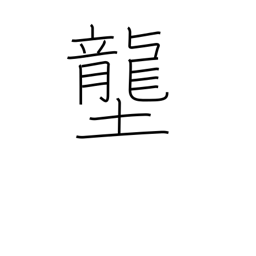
Meaning: rice field dike